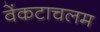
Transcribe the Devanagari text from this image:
वेंकटाचलम